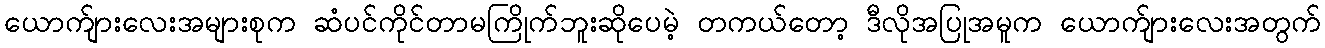
ယောက်ျားလေးအများစုက ဆံပင်ကိုင်တာမကြိုက်ဘူးဆိုပေမဲ့ တကယ်တော့ ဒီလိုအပြုအမူက ယောက်ျားလေးအတွက်